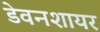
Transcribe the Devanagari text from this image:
डेवनशायर